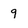
Character: 9